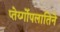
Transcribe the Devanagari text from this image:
प्तेर्य्गोपलातिने